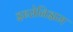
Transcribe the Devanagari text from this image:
इब्सेनिझम